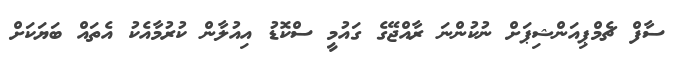
ސާފް ޗެމްޕިއަންޝިޕަށް ނުކުންނަ ރާއްޖޭގެ ގައުމީ ސްކޮޑު އިއުލާން ކުރުމާއެކު އެެތައް ބަޔަކަށް